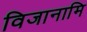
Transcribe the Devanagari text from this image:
विजानामि